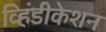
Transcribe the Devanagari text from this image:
व्हिंडीकेशन